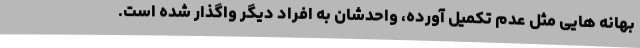
بهانه هایی مثل عدم تکمیل آورده، واحدشان به افراد دیگر واگذار شده است.